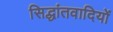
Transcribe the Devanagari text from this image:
सिद्धांतवादियों